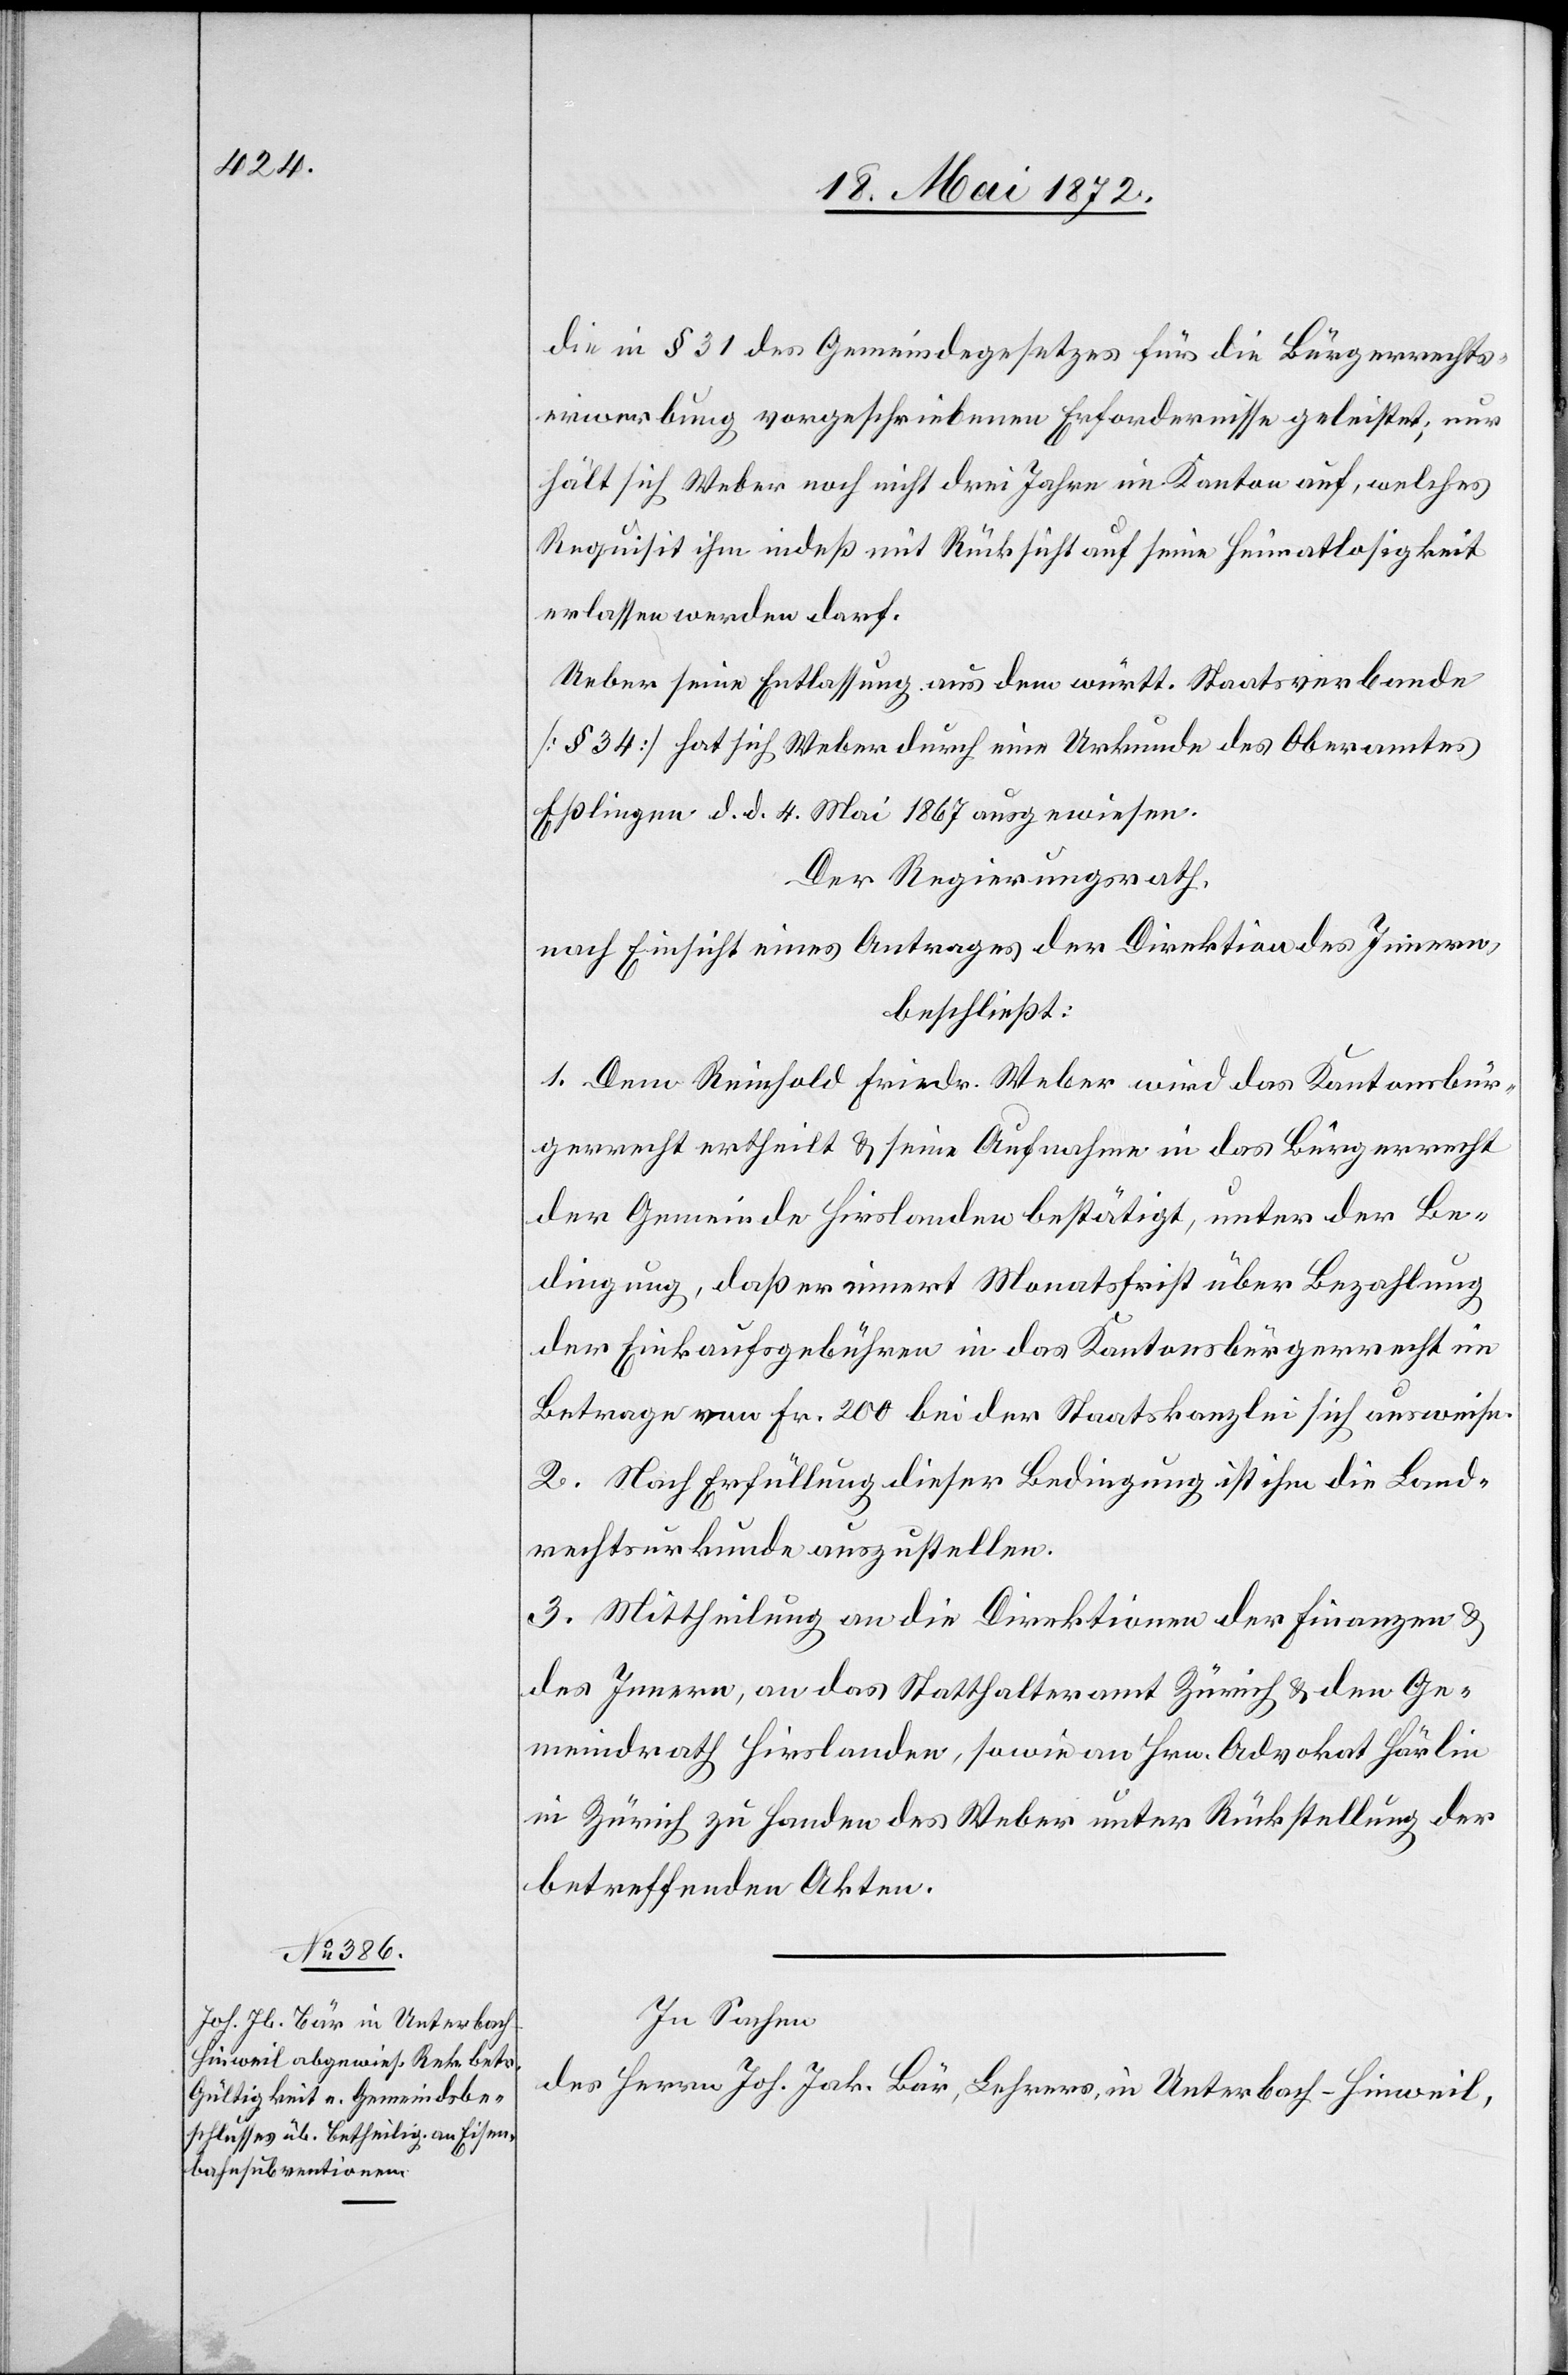
die in § 31 des Gemeindegesetzes für die Bürgerrechts¬
erwerbung vorgeschriebenen Erfordernisse geleistet; nur
hält sich Weber noch nicht drei Jahre im Kanton auf, welches
Requisit ihm indeß mit Rücksicht auf seine Heimatlosigkeit
erlassen werden darf.
Ueber seine Entlassung aus dem württ. Staatsverbande
[§ 34] hat sich Weber durch eine Urkunde des Oberamtes
Eßlingen d. d. 4. Mai 1867 ausgewiesen.
Der Regierungsrath,
nach Einsicht eines Antrages der Direktion des Innern,
beschließt:
1. Dem Reinhold Friedr. Weber wird das Kantonsbür¬
gerrecht ertheilt u. seine Aufnahme in das Bürgerrecht
der Gemeinde Hirslanden bestätigt, unter der Be¬
dingung, daß er innert Monatsfrist über Bezahlung
der Einkaufsgebühren in das Kantonsbürgerrecht im
Betrage von Fr. 200 bei der Staatskanzlei sich ausweise.
2. Nach Erfüllung dieser Bedingung ist ihm die Land¬
rechtsurkunde auszustellen.
3. Mittheilung an die Direktionen der Finanzen u.
des Innern, an das Statthalteramt Zürich u. den Ge¬
meindrath Hirslanden, sowie an Hrn. Advokat Härlin
in Zürich zu Handen des Weber unter Rückstellung der
betreffenden Akten.
In Sachen
des Herrn Joh. Jak. Bär, Lehrers, in Unterbach - Hinweil,